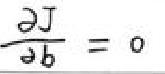
\(\frac{\partial J}{\partial b}=0\)